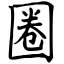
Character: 圈